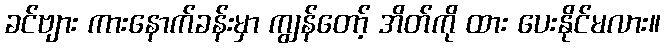
ခင်ဗျား ကားနောက်ခန်းမှာ ကျွန်တော့် အိတ်ကို ထား ပေးနိုင်မလား။